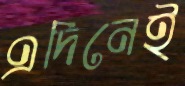
এদিনেই